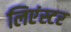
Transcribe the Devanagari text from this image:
लिएंस्टर